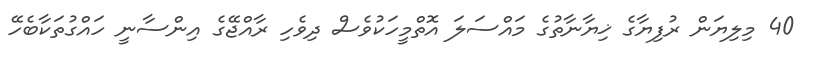
40 މިލިޔަން ރުފިޔާގެ ޚިޔާނާތުގެ މައްސަލަ އޮތްމީހަކުވެސް ދިވެހި ރާއްޖޭގެ އިންސާނީ ހައްގުތަކާބެހޭ